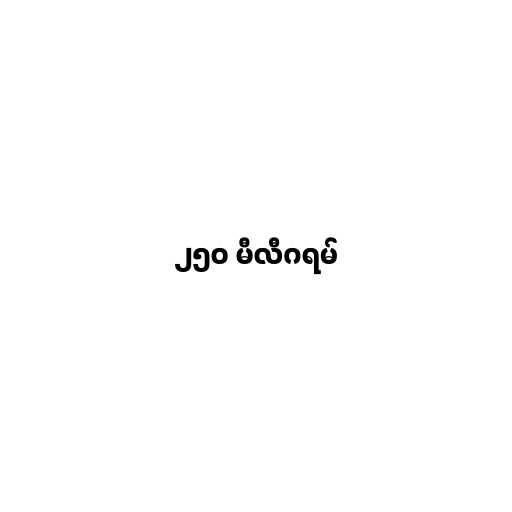
၂၅၀ မီလီဂရမ်